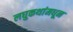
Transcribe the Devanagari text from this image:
लघुकथांमधून